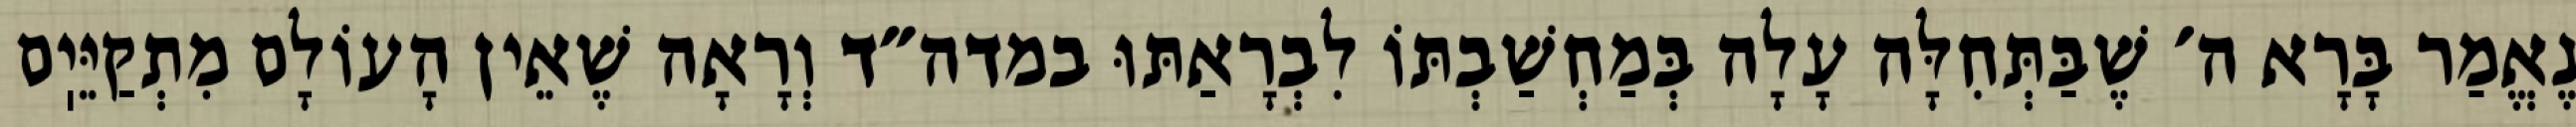
נֶאֱמַר בָּרָא ה׳ שֶׁבַּתְּחִלָּה עָלָה בְּמַחְשַׁבְתּוֹ לִבְרָאַתּוּ במדה״ד וְרָאָה שֶׁאֵין הָעוֹלָם מִתְקַיֵּיֽם